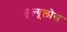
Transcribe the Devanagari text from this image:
सूल्यूलोस